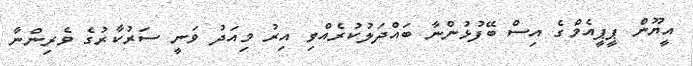
އީޔޫން ޕީޕީއެމްގެ އިސް ބޭފުޅުންނާ ބައްދަލުކުރެއްވި އިރު މިއަދު ވަނީ ސަރުކާރުގެ ވެރިންނާ